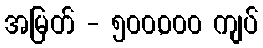
အမြတ် - ၅၀၀,၀၀၀ ကျပ်